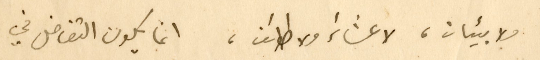
ولا بيئات، لا عشائر ولا طوائف، انما يكون التفاضل في